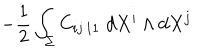
LaTeX: - \frac { 1 } { 2 } \int _ { \Sigma } C _ { i j \, 1 1 } \; d X ^ { i } \wedge d X ^ { j } \nonumber